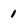
Character: 1